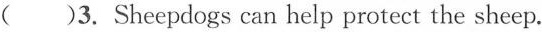
()3.Sheepdogs can help protect the sheep.